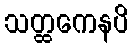
သတ္ထကေနပိ